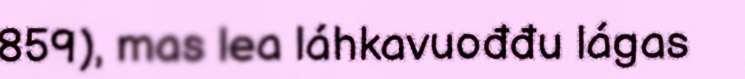
859), mas lea láhkavuođđu lágas